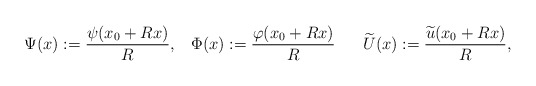
\begin{align*}\Psi(x):=\frac{\psi(x_{0}+Rx)}{R},\;\;\;\Phi(x):=\frac{\varphi(x_{0}+Rx)}{R}\;\;\;\;\;\;\widetilde{U}(x):=\frac{\widetilde{u}(x_{0}+Rx)}{R}, \end{align*}